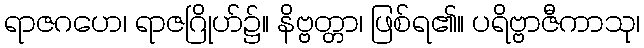
ရာဇဂဟေ၊ ရာဇဂြိုဟ်၌။ နိဗ္ဗတ္တာ၊ ဖြစ်ရ၏။ ပရိဗ္ဗာဇီကာသု၊